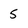
Character: 5